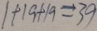
1 + 1 9 + 1 9 = 3 9